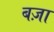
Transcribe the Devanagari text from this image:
बज़ा